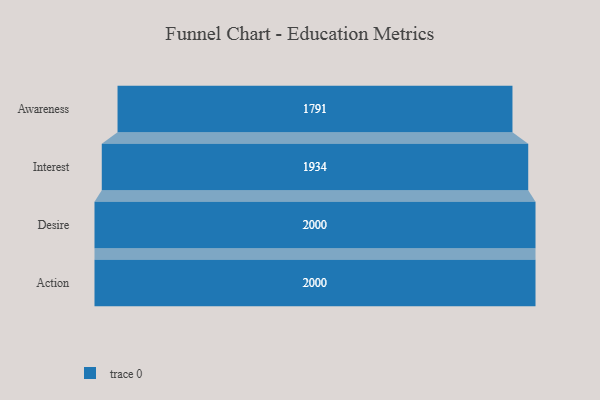
{"axis": {"x": "Stage", "y": "Value"}, "legend": [""], "data": [{"x": "Awareness", "y": 1791.0, "type": ""}, {"x": "Interest", "y": 1934.0, "type": ""}, {"x": "Desire", "y": 2000, "type": ""}, {"x": "Action", "y": 2000, "type": ""}]}